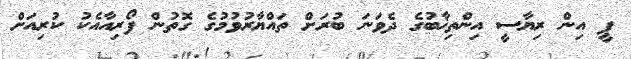
ޕީ އިން ރިޔާސީ އިންތިޚާބުގެ ދެވަނަ ބުރަށް ތައްޔާރުވުމުގެ ގޮތުން ފޯރިއާއެކު ކުރިއަށް